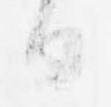
日